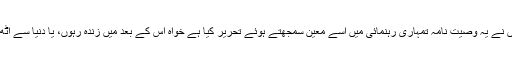
لہذا میں نے یہ وصیّت نامہ تمہاری رہنمائی میں اسے معیّن سمجھتے ہوئے تحریر کیا ہے خواہ اس کے بعد میں زندہ رہوں، یا دنیا سے اٹھ جاؤں۔